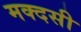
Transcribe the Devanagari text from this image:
मक्दसी